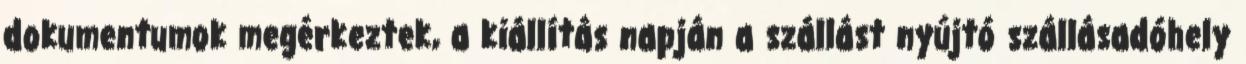
dokumentumok megérkeztek, a kiállítás napján a szállást nyújtó szállásadóhely